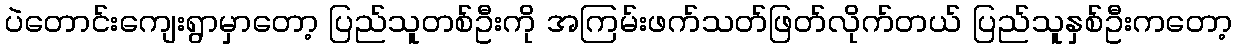
ပဲတောင်းကျေးရွာမှာတော့ ပြည်သူတစ်ဦးကို အကြမ်းဖက်သတ်ဖြတ်လိုက်တယ် ပြည်သူနှစ်ဦးကတော့